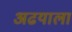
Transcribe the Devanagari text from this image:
अढयाला